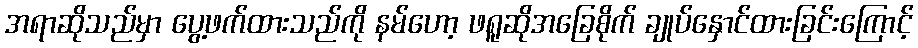
အရာဆိုသည်မှာ ပွေ့ဖက်ထားသည်ကို နမ်ဟော့ ဖရူဆိုအခြေစိုက် ချုပ်နှောင်ထားခြင်းကြောင့်